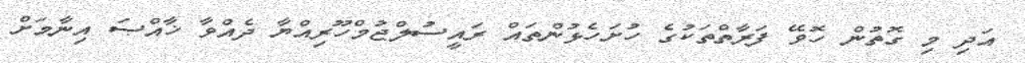
އަދި މި ގޮތުން ހޮވޭ ފަރާތްތަކުގެ ހުށަހެޅުންތައް ރައީސުލްޖުމްހޫރިއްޔާ ދެއްވާ ޚާއްޞަ އިނާމަށް